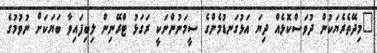
"މިދޭތެރެޔަކުން ދުވަސްކޮޅެއް ދިޔަ އަޅުގަނޑުމެންގެ ސީމަނުންނަކީ ރަގަޅު ޓްރޭނިން ލިބިފައިވާ ބަޔަކަށް ނުވުމުގެ